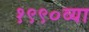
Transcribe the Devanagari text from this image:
१९९०व्या